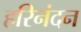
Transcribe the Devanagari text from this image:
हरिनंदन